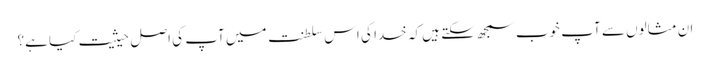
ان مثالوں سے آپ خوب سمجھ سکتے ہیں کہ خدا کی اس سلطنت میں آپ کی اصل حیثیت کیا ہے؟